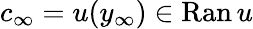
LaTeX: c_{\infty}=u(y_{\infty})\in\mathrm{Ran}\, u